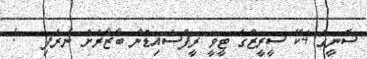
ސޮނީގެ 4ކޭ ސީރީޒްގެ ޓީވީ ރީފްސައިޑުން ބާޒާރަށް ނެރެފި   !